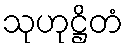
သုဟုဋ္ဌိတံ